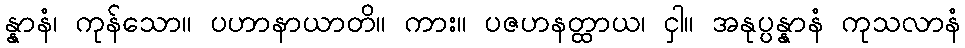
န္နာနံ၊ ကုန်သော။ ပဟာနာယာတိ။ ကား။ ပဇဟနတ္ထာယ၊ ငှါ။ အနုပ္ပန္နာနံ ကုသလာနံ